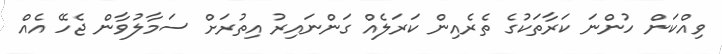
ވިއްކަން ހުންނަ ކަރާތަކުގެ ތެރެއިން ކަރަލެއް ގަންނައިރު އިތުރަށް ސަމާލުވާން ޖެހޭ އެއް